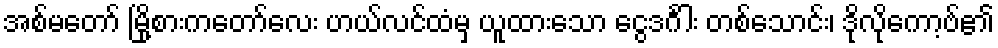
အစ်မတော် မြို့စားကတော်လေး ဟယ်လင်ထံမှ ယူထားသော ငွေဒင်္ဂါး တစ်သောင်း၊ ဒိုလိုကော့ဗ်၏